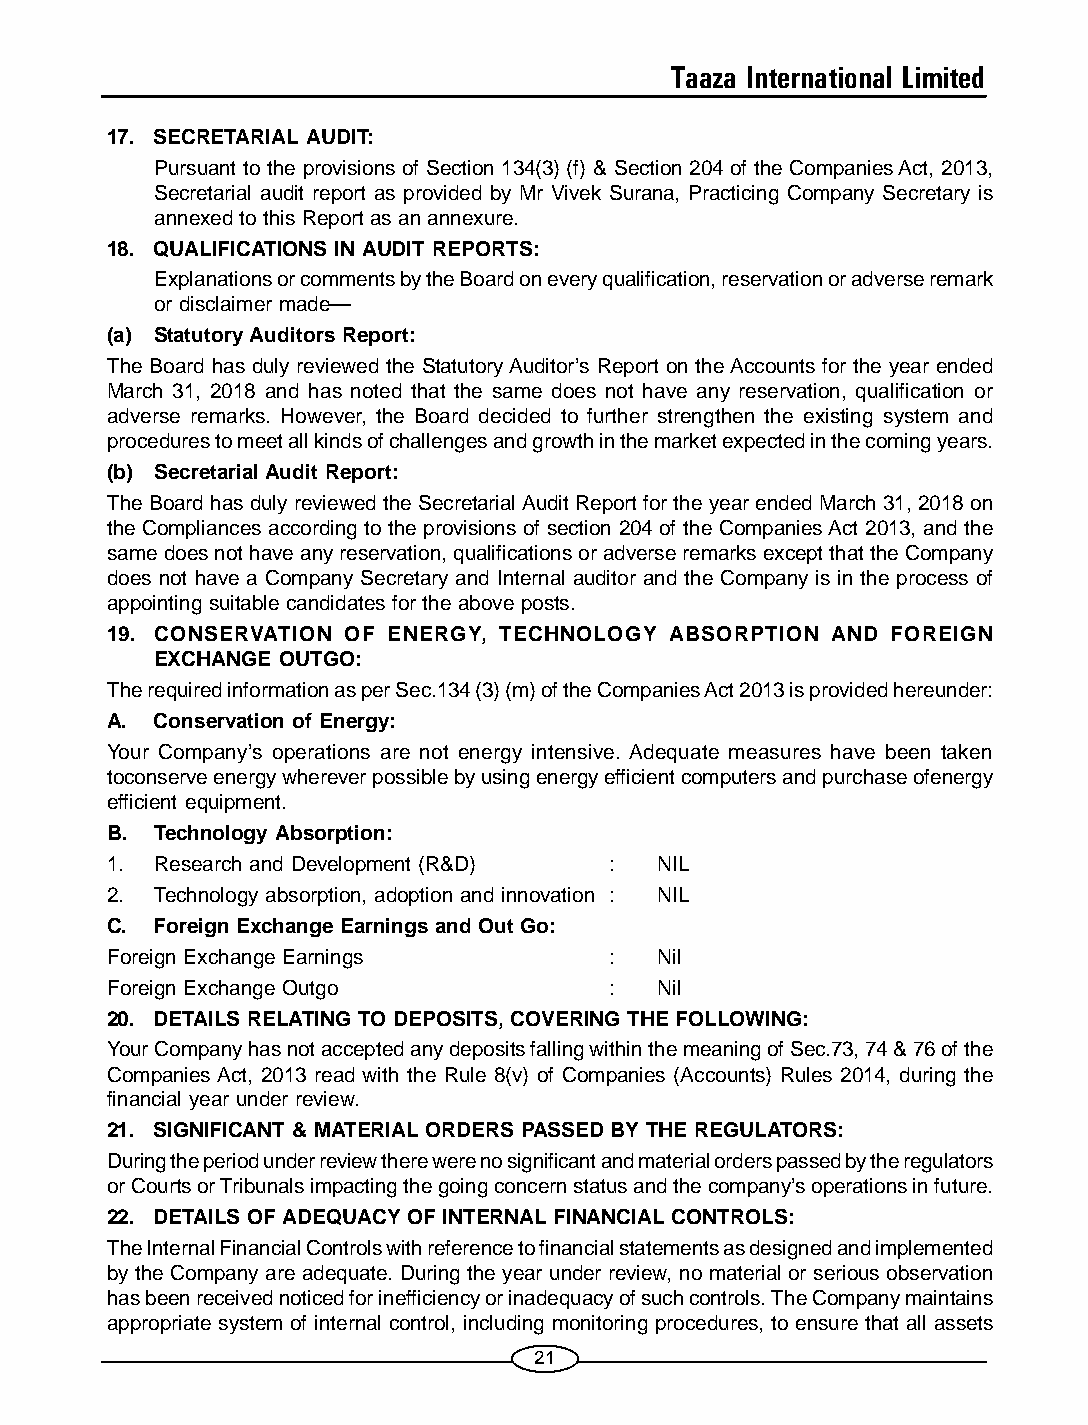
Taaza International Limited
 17. SECRETARIAL AUDIT:
 Pursuant to the provisions of Section 134(3) (f) & Section 204 of the Companies Act, 2013,
 Secretarial audit report as provided by Mr Vivek Surana, Practicing Company Secretary is
 annexed to this Report as an annexure.
 18. QUALIFICATIONS IN AUDIT REPORTS:
 Explanations or comments by the Board on every qualification, reservation or adverse remark
 or disclaimer made—
 (a) Statutory Auditors Report:
 The Board has duly reviewed the Statutory Auditor’s Report on the Accounts for the year ended
 March 31, 2018 and has noted that the same does not have any reservation, qualification or
 adverse remarks. However, the Board decided to further strengthen the existing system and
 procedures to meet all kinds of challenges and growth in the market expected in the coming years.
 (b) Secretarial Audit Report:
 The Board has duly reviewed the Secretarial Audit Report for the year ended March 31, 2018 on
 the Compliances according to the provisions of section 204 of the Companies Act 2013, and the
 same does not have any reservation, qualifications or adverse remarks except that the Company
 does not have a Company Secretary and Internal auditor and the Company is in the process of
 appointing suitable candidates for the above posts.
 19. CONSERVATION OF ENERGY, TECHNOLOGY ABSORPTION AND FOREIGN
 EXCHANGE OUTGO:
 The required information as per Sec.134 (3) (m) of the Companies Act 2013 is provided hereunder:
 A. Conservation of Energy:
 Your Company’s operations are not energy intensive. Adequate measures have been taken
 toconserve energy wherever possible by using energy efficient computers and purchase ofenergy
 efficient equipment.
 B. Technology Absorption:
 1. Research and Development (R&D) : NIL
 2. Technology absorption, adoption and innovation : NIL
 C. Foreign Exchange Earnings and Out Go:
 Foreign Exchange Earnings        :  Nil
 Foreign Exchange Outgo           :  Nil
 20. DETAILS RELATING TO DEPOSITS, COVERING THE FOLLOWING:
 Your Company has not accepted any deposits falling within the meaning of Sec.73, 74 & 76 of the
 Companies Act, 2013 read with the Rule 8(v) of Companies (Accounts) Rules 2014, during the
 financial year under review.
 21. SIGNIFICANT & MATERIAL ORDERS PASSED BY THE REGULATORS:
 During the period under review there were no significant and material orders passed by the regulators
 or Courts or Tribunals impacting the going concern status and the company’s operations in future.
 22. DETAILS OF ADEQUACY OF INTERNAL FINANCIAL CONTROLS:
 The Internal Financial Controls with reference to financial statements as designed and implemented
 by the Company are adequate. During the year under review, no material or serious observation
 has been received noticed for inefficiency or inadequacy of such controls. The Company maintains
 appropriate system of internal control, including monitoring procedures, to ensure that all assets
 21